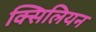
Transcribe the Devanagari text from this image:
क्सिलियन